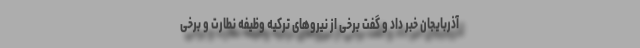
آذربایجان خبر داد و گفت برخی از نیروهای‌ ترکیه وظیفه نطارت و برخی